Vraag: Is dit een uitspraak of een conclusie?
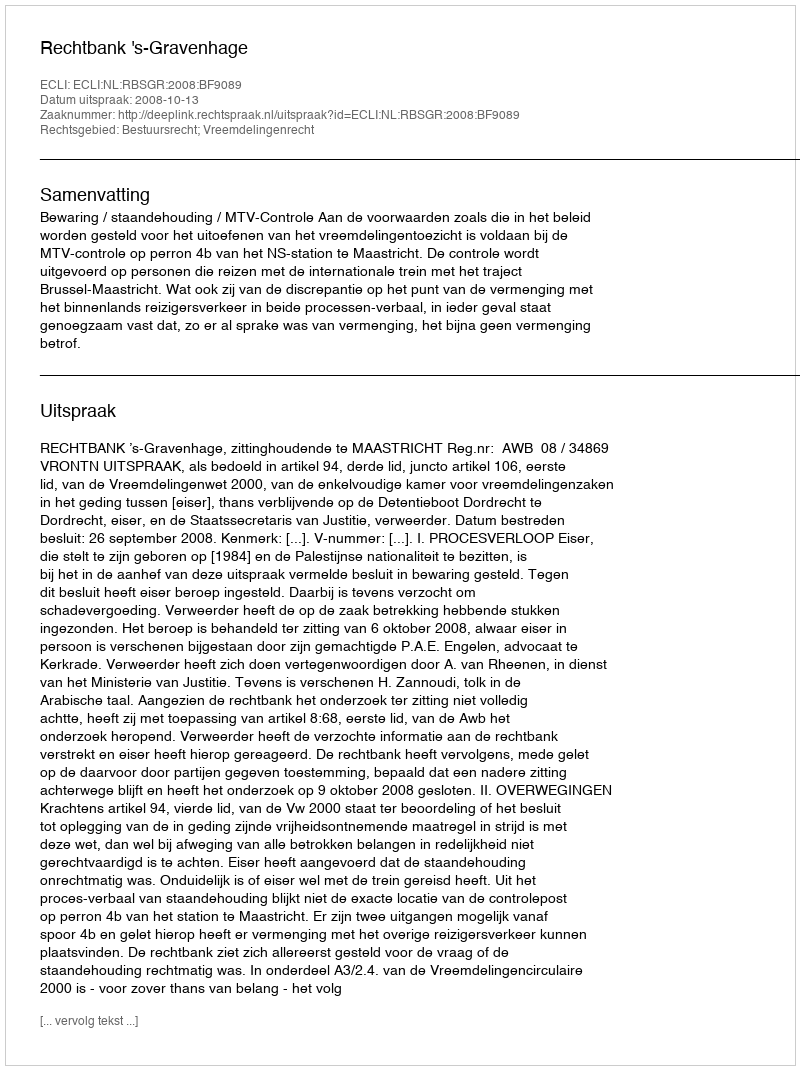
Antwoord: Uitspraak